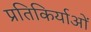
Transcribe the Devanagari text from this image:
प्रतिकिर्याओं